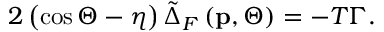
2 \left( \cos \Theta - \eta \right) \tilde { \Delta } _ { F } \left( \mathbf { p } , \Theta \right) = - T \Gamma .